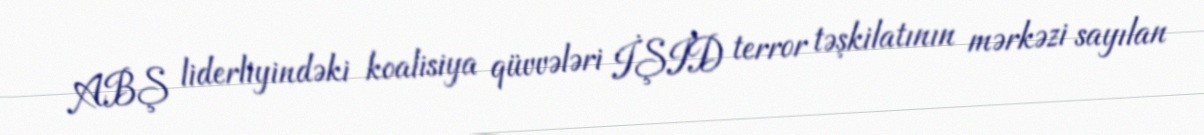
ABŞ liderliyindəki koalisiya qüvvələri İŞİD terror təşkilatının mərkəzi sayılan